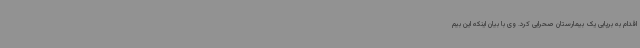
اقدام به برپایی یک بیمارستان صحرایی کرد. وی با بیان اینکه این بیم